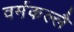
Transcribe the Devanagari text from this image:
वर्मकल्लै